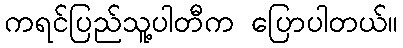
ကရင်ပြည်သူ့ပါတီက ပြောပါတယ်။